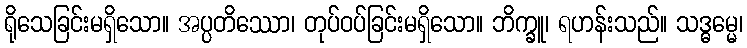
ရိုသေခြင်းမရှိသော။ အပ္ပတိဿော၊ တုပ်ဝပ်ခြင်းမရှိသော။ ဘိက္ခူ၊ ရဟန်းသည်။ သဒ္ဓမ္မေ၊